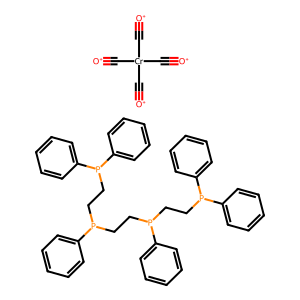
SMILES: [O+]#C[Cr](C#[O+])(C#[O+])C#[O+].c1ccc(P(CCP(CCP(c2ccccc2)c2ccccc2)c2ccccc2)CCP(c2ccccc2)c2ccccc2)cc1
Inhibits HIV replication: No